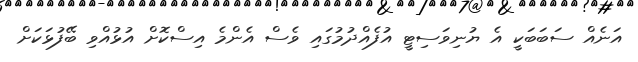
އަނެއް ސަބަބަކީ އެ ޔުނިވަސިޓީ އުފެއްދުމުގައި ވެސް އެންމެ އިސްކޮށް އުޅުއްވި ބޭފުޅަކަށް